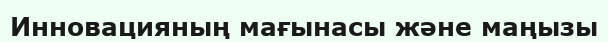
Инновацияның мағынасы және маңызы